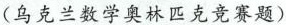
(乌克兰数学奥林匹克竞赛题)